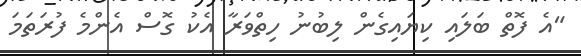
"އެ ފޮތް ބަލައި ކިޔައިގެން ލިބުނު ހިތްވަރާ އެކު ގޮސް އެންމެ ފުރަތަމަ